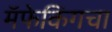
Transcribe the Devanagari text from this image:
मॅफेकिंगचा